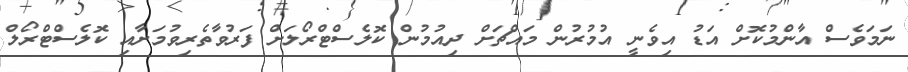
ނަމަވެސް އާންމުކޮށް އަޑު އިވެނީ އުމުރުން މައްޗަށް ދިއުމުން ކޮލެސްޓްރޯލަށް ފަރުވާތެރިވުމަށާއި ކޮލެސްޓްރޯލް